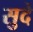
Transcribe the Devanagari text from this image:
सुदे